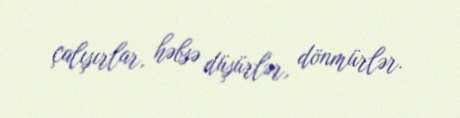
çalışırlar, həbsə düşürlər, dönmürlər.